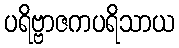
ပရိဗ္ဗာဇကပရိသာယ